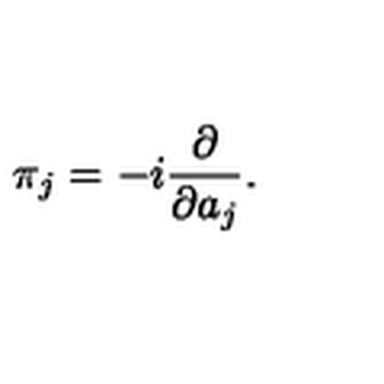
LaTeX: \pi _ { j } = - i { \frac { \partial } { \partial a _ { j } } } .